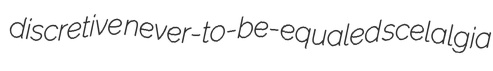
discretive never-to-be-equaled scelalgia